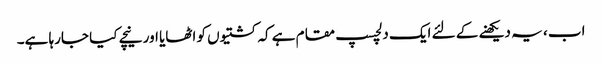
اب ، یہ دیکھنے کے لئے ایک دلچسپ مقام ہے کہ کشتیوں کو اٹھایا اور نیچے کیا جارہا ہے۔